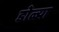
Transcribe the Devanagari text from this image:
डोळ्या